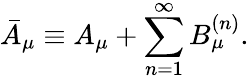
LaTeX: \bar{A}_{\mu}\equiv A_{\mu}+\sum_{n=1}^{\infty}B_{\mu}^{(n)}.